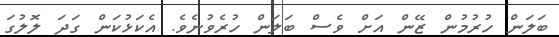
ބަލަން ހުރުމުން ޒޭން އަށް ވެސް ބަލަން ހުރެވުނެވެ. އެކަޅުކަން ގަދަ ލޮލުގަ